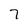
Character: 7